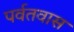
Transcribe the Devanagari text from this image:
पर्वतवास